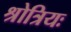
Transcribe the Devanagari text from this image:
श्रोत्रियः